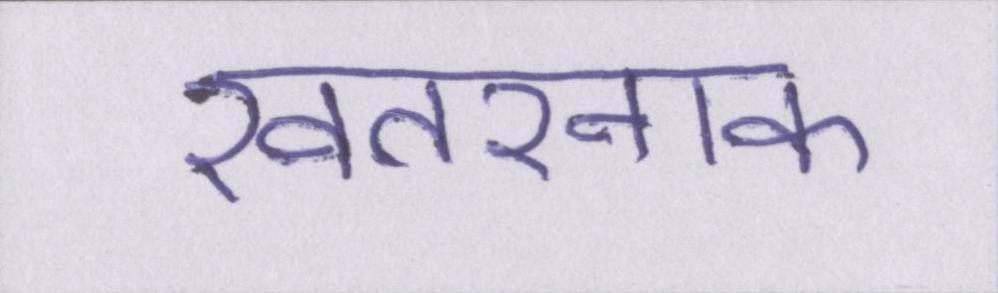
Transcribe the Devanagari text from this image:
खतरनाक